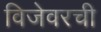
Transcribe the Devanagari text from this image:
विजेवरची